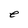
Character: e